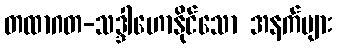
တထာဂတ-သဒ္ဒါဟောနိုင်သော အနက်များ